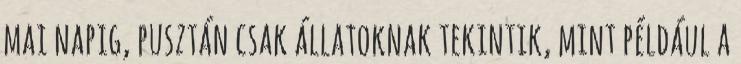
mai napig, pusztán csak állatoknak tekintik, mint például a